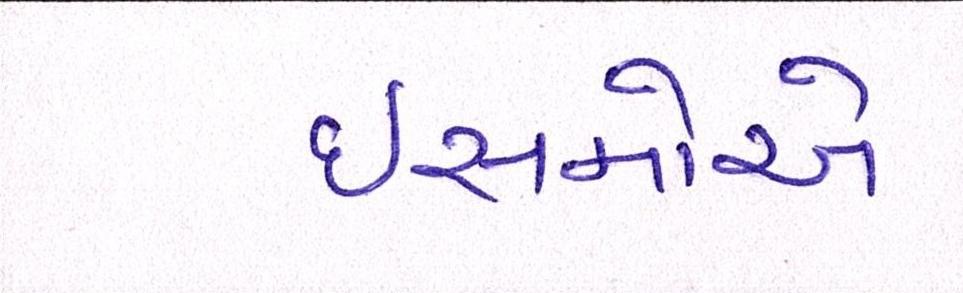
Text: ઈસમોએ